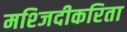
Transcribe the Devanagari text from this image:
मश्जिदीकरिता